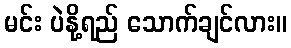
မင်း ပဲနို့ရည် သောက်ချင်လား။